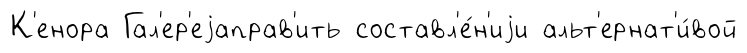
К'енора Гал'ер'еjаправ'ить составл'е́н'иjи альт'ернат'и́вой